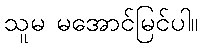
သူမ မအောင်မြင်ပါ။